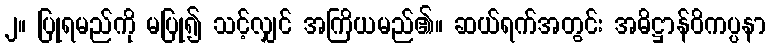
၂။ ပြုရမည်ကို မပြု၍ သင့်လျှင် အကြိယမည်၏။ ဆယ်ရက်အတွင်း အဓိဋ္ဌာန်ဝိကပ္ပနာ